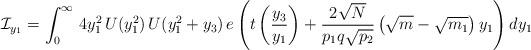
LaTeX: \begin{align*}\mathcal{I}_{y_1} = \int_0^ \infty\, 4 y^2_1\,U(y^2_1)\,U(y^2_1 + y_3)\,e\left(t\left(\frac{y_3}{y_1}\right) + \frac{2\sqrt{N}}{p_1q\sqrt{p_2}} \left({\sqrt{m}} - {\sqrt{m_1}}\right) y_1 \right) dy_1 \end{align*}